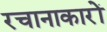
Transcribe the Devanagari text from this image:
रचानाकारों